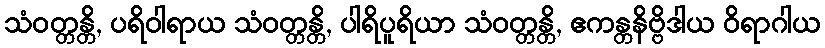
သံဝတ္တန္တိ, ပရိဝါရာယ သံဝတ္တန္တိ, ပါရိပူရိယာ သံဝတ္တန္တိ, ဧကန္တနိဗ္ဗိဒါယ ဝိရာဂါယ